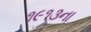
૧૯૧૩ના